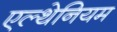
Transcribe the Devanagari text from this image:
एल्थेनियम